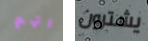
اتهم يشترون